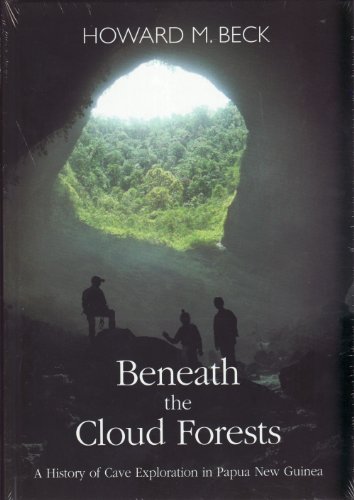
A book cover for Beneath the Cloud Forests: A History of Cave Exploration in Papua New Guinea; Howard M. Beck; Travel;